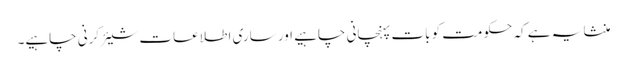
منشا یہ ہے کہ حکومت کو بات پہنچانی چاہیے اور ساری اطلاعات شیئر کرنی چاہیے۔